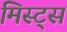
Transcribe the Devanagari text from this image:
मिस्ट्स